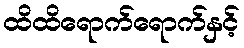
ထိထိရောက်ရောက်နှင့်